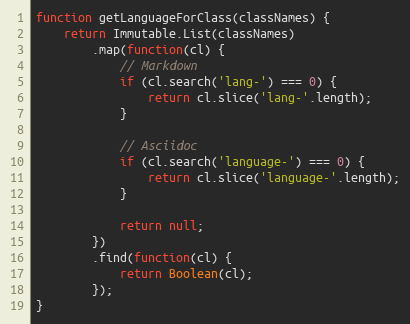
Language: JavaScript
function getLanguageForClass(classNames) {
    return Immutable.List(classNames)
        .map(function(cl) {
            // Markdown
            if (cl.search('lang-') === 0) {
                return cl.slice('lang-'.length);
            }

            // Asciidoc
            if (cl.search('language-') === 0) {
                return cl.slice('language-'.length);
            }

            return null;
        })
        .find(function(cl) {
            return Boolean(cl);
        });
}